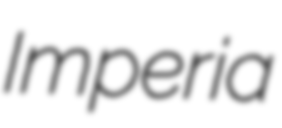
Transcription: Imperia